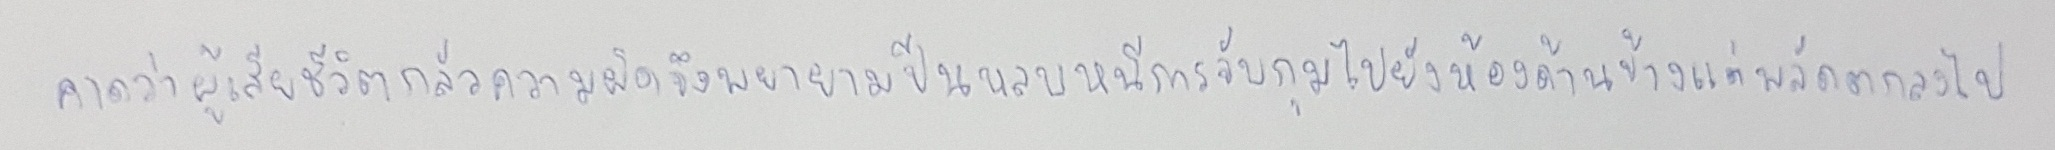
คาดว่าผู้เสียชีวิตกลัวความผิดจึงพยายามปีนหลบหนีการจับกุมไปยังห้องด้านข้างแต่พลัดตกลงไป